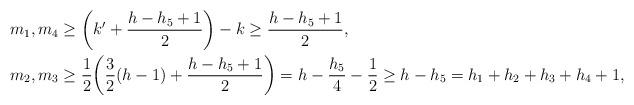
LaTeX: \begin{align*}m_1,m_4&\ge \biggl(k'+\frac{h-h_5+1}{2}\biggr) - k \ge \frac{h-h_5+1}{2},\\m_2,m_3&\ge \frac{1}{2} \biggl( \frac{3}{2}(h-1)+\frac{h-h_5+1}{2} \biggr)= h-\frac{h_5}{4}-\frac{1}{2}\geq h-h_5= h_1+h_2+h_3+h_4+1,\end{align*}